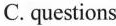
C. questions D. Ideas